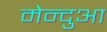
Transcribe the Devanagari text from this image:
मेन्दुआ